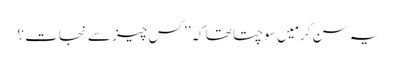
یہ سن کر میَں سوچتا تھا کہ’’ کس چیز سے نجات ؟